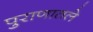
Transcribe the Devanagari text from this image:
पुराणातले